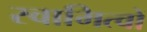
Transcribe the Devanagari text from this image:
स्वामित्वों